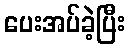
ပေးအပ်ခဲ့ပြီး